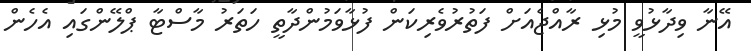
އޭނާ ވިދާޅުވީ މުޅި ރާއްޖެއަށް ފަތުރުވެރިކަން ފުޅާވަމުންދާތީ ހަތަރު މާސްޓާ ޕްލޭންގައި އެހެން